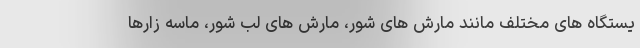
یستگاه های مختلف مانند مارش های شور، مارش های لب شور، ماسه زارها